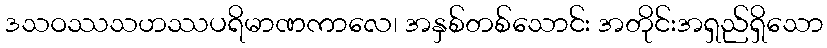
ဒသဝဿသဟဿပရိမာဏကာလေ၊ အနှစ်တစ်သောင်း အတိုင်းအရှည်ရှိသော